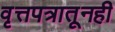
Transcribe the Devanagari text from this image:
वृत्तपत्रातूनही